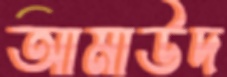
আমাউদ